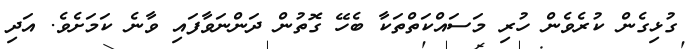
ގުޅިގެން ކުރެވެން ހުރި މަސައްކަތްތަކާ ބެހޭ ގޮތުން ދަންނަވާފައި ވާނެ ކަމަށެވެ. އަދި